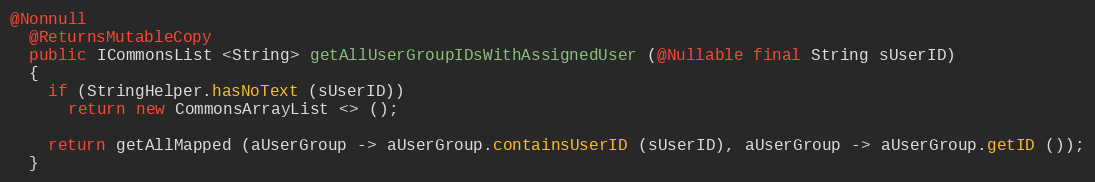
Language: Java
@Nonnull
  @ReturnsMutableCopy
  public ICommonsList <String> getAllUserGroupIDsWithAssignedUser (@Nullable final String sUserID)
  {
    if (StringHelper.hasNoText (sUserID))
      return new CommonsArrayList <> ();

    return getAllMapped (aUserGroup -> aUserGroup.containsUserID (sUserID), aUserGroup -> aUserGroup.getID ());
  }